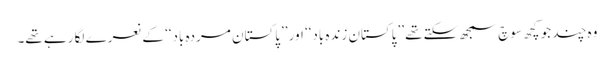
وہ چند جو کچھ سوچ سمجھ سکتے تھے ’’پاکستان زندہ باد‘‘ اور ’’پاکستان مردہ باد‘‘ کے نعرے لگا رہے تھے۔